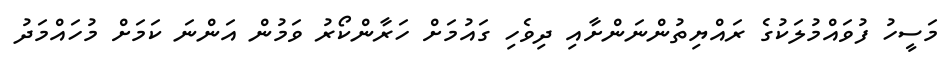
މަސީހު ފުވައްމުލަކުގެ ރައްޔިތުންނަންށާއި ދިވެހި ގައުމަށް ހަރާންކޯރު ވަމުން އަންނަ ކަމަށް މުހައްމަދު